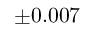
\pm 0 . 0 0 7